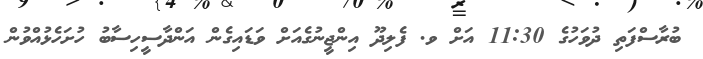
ބުރާސްފަތި ދުވަހުގެ 11:30 އަށް ވ. ފެލިދޫ އިންޖީނުގެއަށް ވަޑައިގެން އަންދާސީހިސާބު ހުށަހެޅުއްވުން